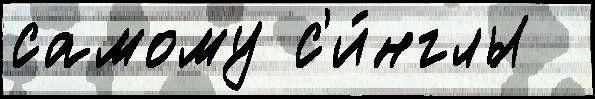
самому с'и́нглы